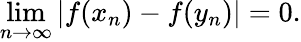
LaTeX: \operatorname*{lim}_{n\to\infty}|f(x_{n})-f(y_{n})|=0.